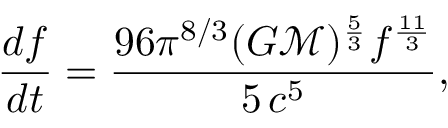
{ \frac { d f } { d t } } = { \frac { 9 6 \pi ^ { 8 / 3 } ( G { \mathcal { M } } ) ^ { \frac { 5 } { 3 } } f ^ { \frac { 1 1 } { 3 } } } { 5 \, c ^ { 5 } } } ,